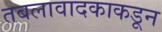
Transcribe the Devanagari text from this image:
तबलावादकाकडून